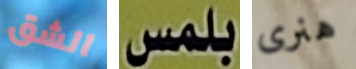
الشق بلمس هنرى